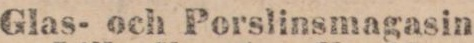
Glas- och Porslinsmagasin.